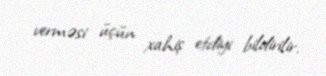
verməsi üçün xahiş etdiyi bildirilir.